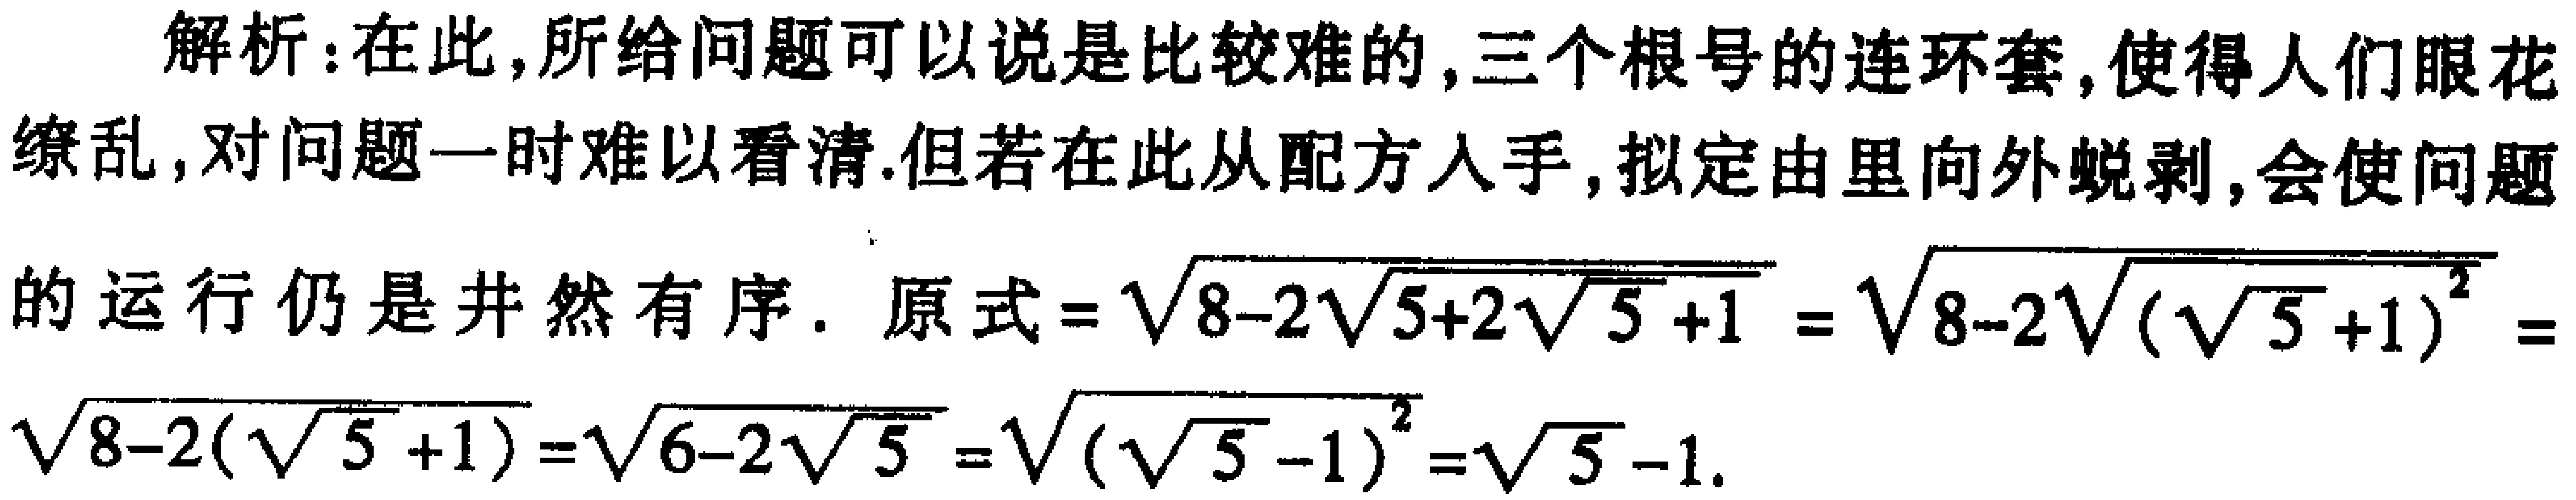
解析：在此,所给问题可以说是比较难的,三个根号的连环套,使得人们眼花缭乱,对问题一时难以看清.但若在此从配方入手,拟定由里向外蜕剥,会使问题
的运行仍是井然有序. 原式$=\sqrt{8 - 2\sqrt{5 + 2\sqrt{5 + 1}}}=\sqrt{8 - 2\sqrt{(\sqrt{5}+1)^2}}=\sqrt{8 - 2(\sqrt{5}+1)}=\sqrt{6 - 2\sqrt{5}}=\sqrt{(\sqrt{5}-1)^2}=\sqrt{5}-1$.